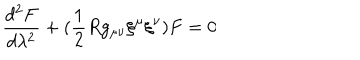
LaTeX: \frac { d ^ { 2 } F } { d \lambda ^ { 2 } } + ( \frac { 1 } { 2 } R g _ { \mu \nu } { \xi } ^ { \mu } { \xi } ^ { \nu } ) F = 0